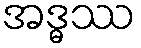
အဒ္ဓဿ